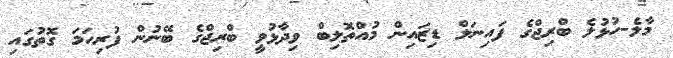
މާލެ-ހުޅުލެ ބްރިޖްގެ ފައިނަލް ޑިޒައިން މުއްތޮލިބް ވިދާޅުވީ ބްރިޖްގެ ބޭނުން ފުރިހަމަ ގޮތުގައި